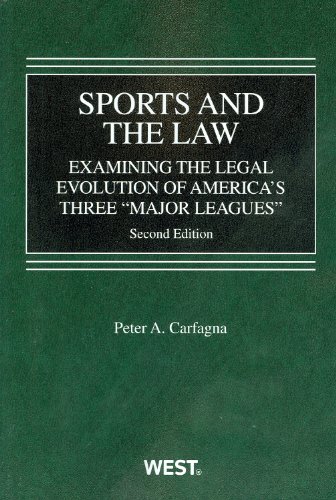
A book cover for Sports and the Law: Examining the Legal Evolution of America and Three Major Leagues (American Casebook ); Peter Carfagna; Law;